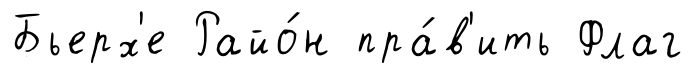
Бьерх'е Райо́н пра́в'ить Флаг